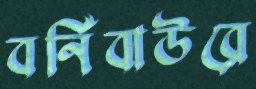
বর্নিবাউরে